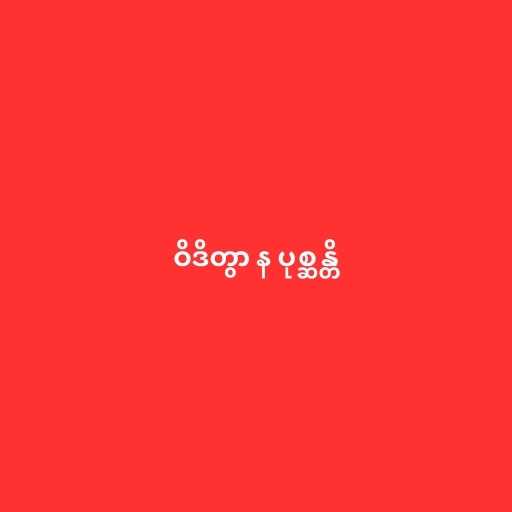
ဝိဒိတွာ န ပုစ္ဆန္တိ